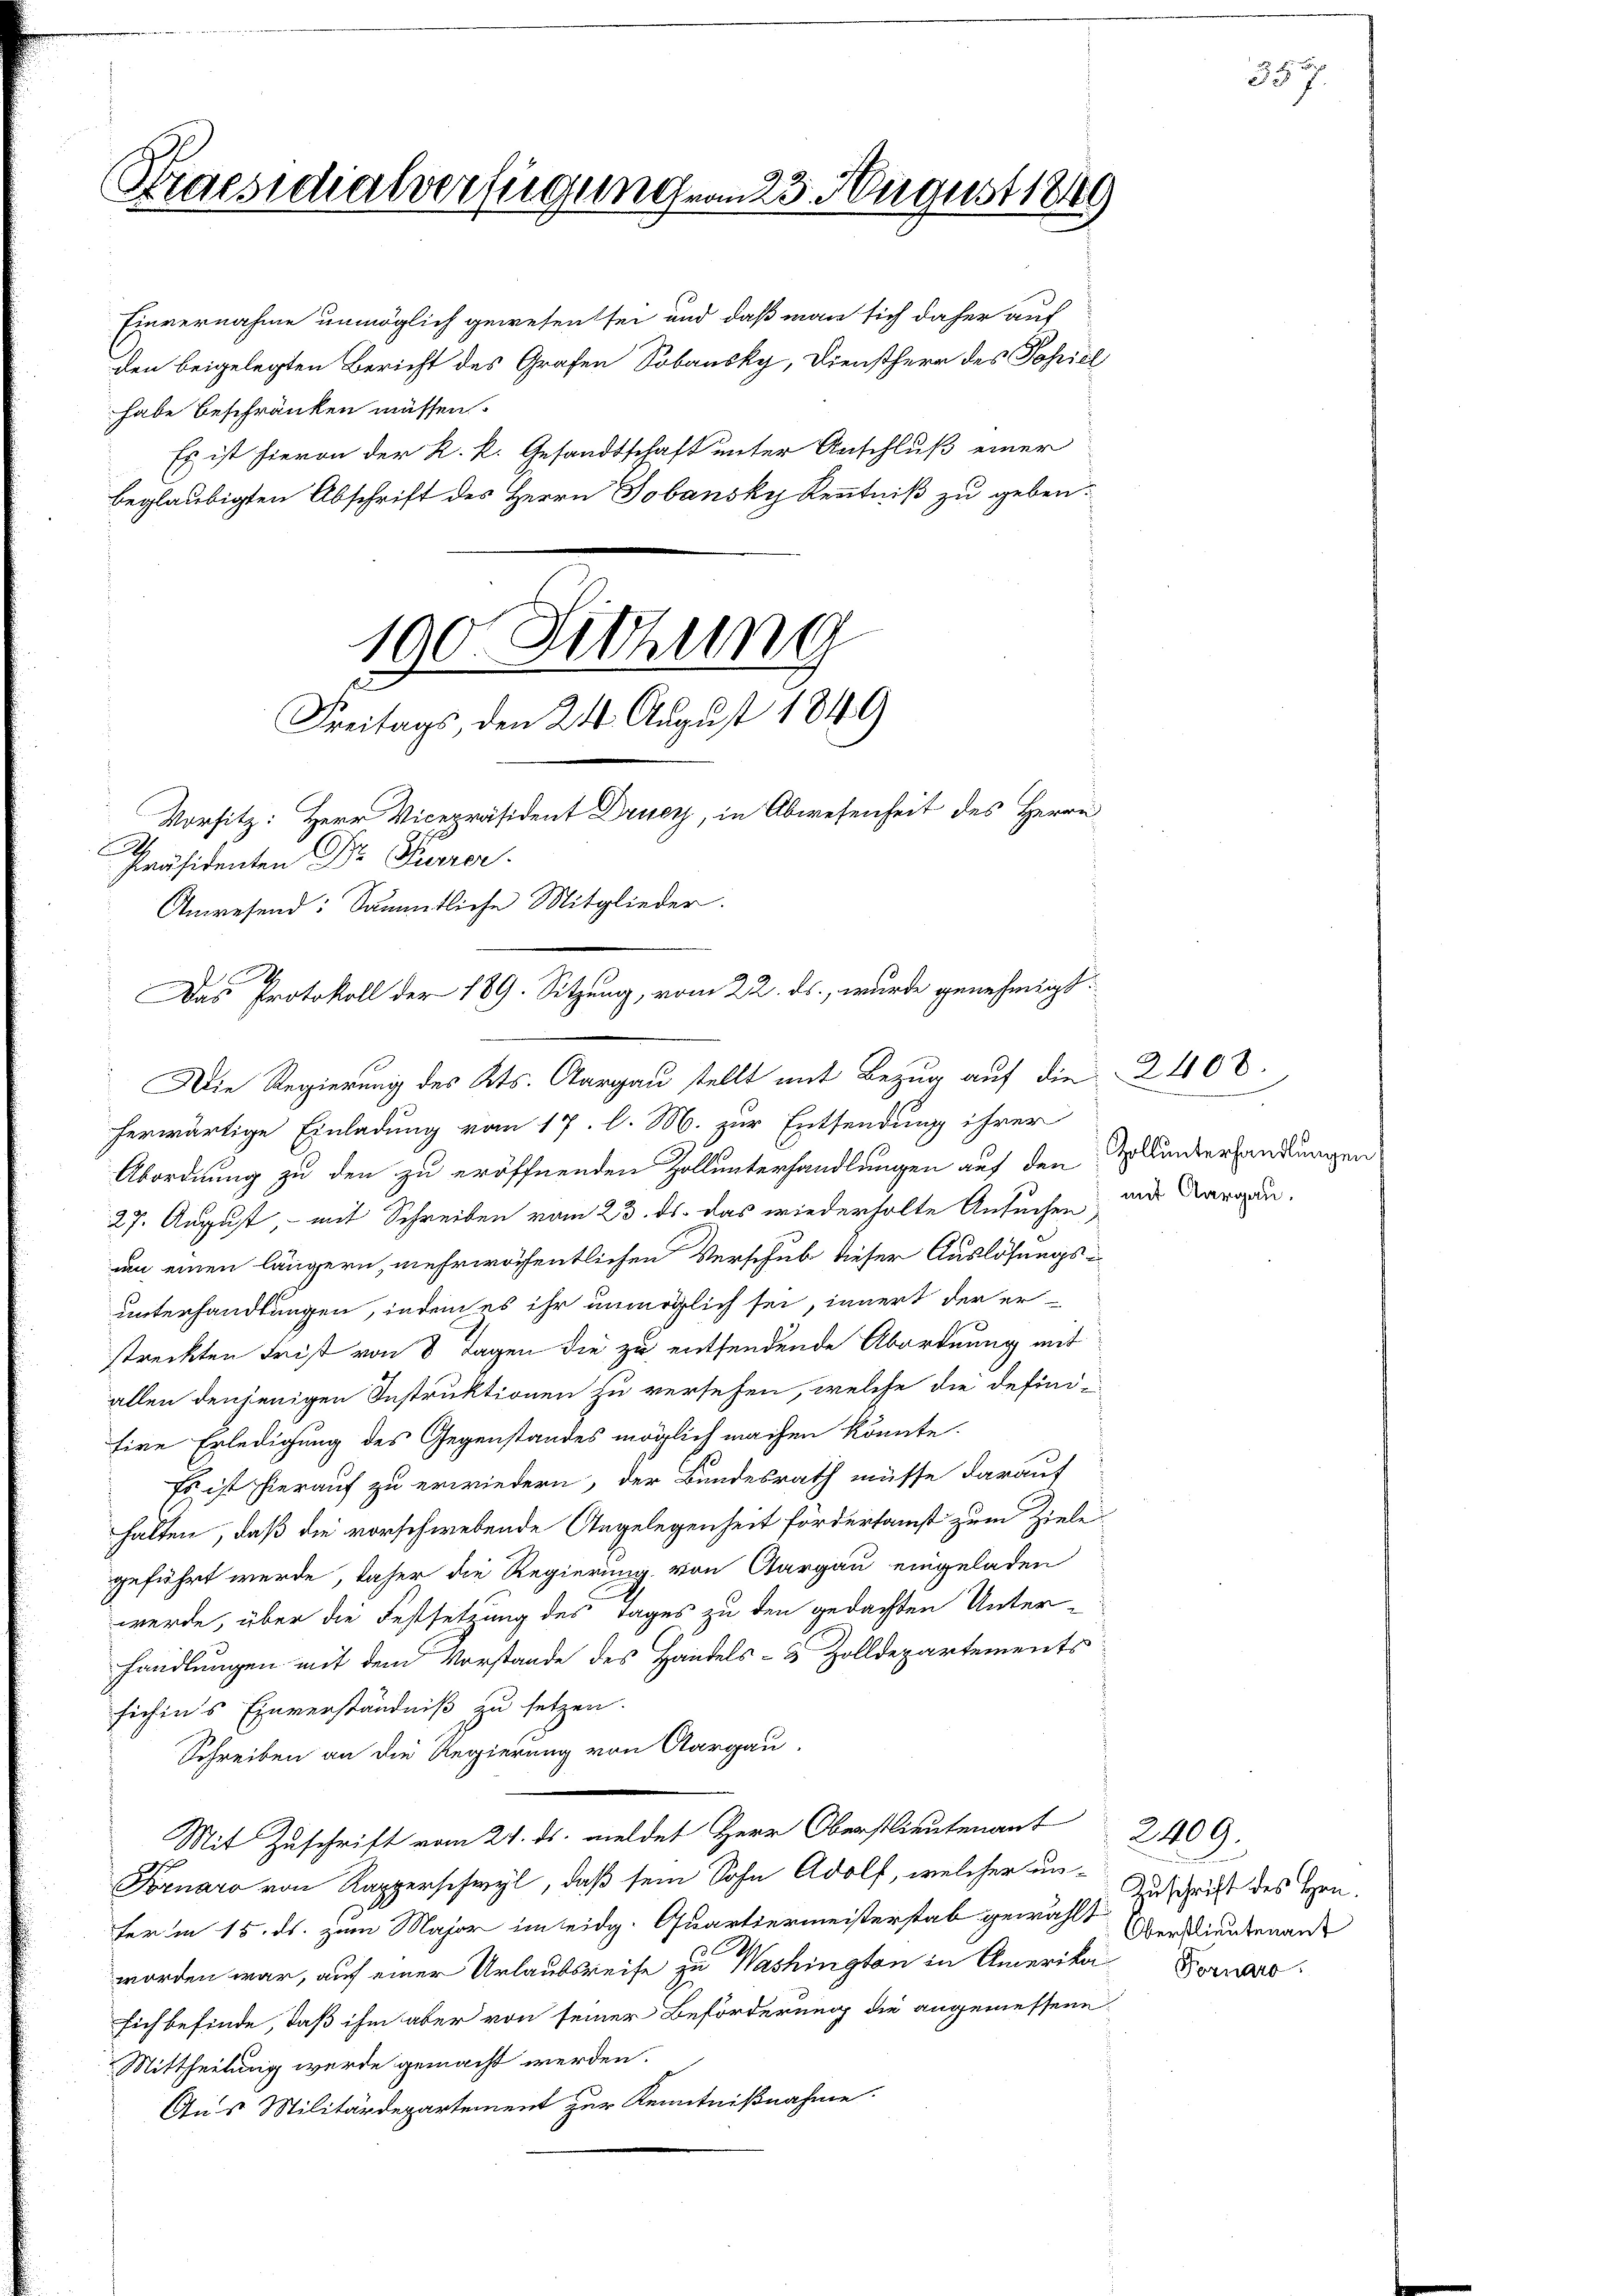
Praesidialverfügung vom 23. August 1849

habe beschränken müssen.
herwärtige Einladung vom 17. l. M. zur Entsendung ihrer
Abordnung zu den zu eröffnenden Zoll unterhandlungen auf den Zellenderhandlungen
27. August, mit Schreiben vom 23. ds. das wiederholte Ansuchen uns Aargau.
um einen längern, mehr wöchentlichen Verschub dieser Auslösungsunterhandlungen, indem es ihr unmöglich sei, innert der er
streckten Frist von 8 Tagen die zu entsendende Abordnung mit
allen denjenigen Instruktionen zu versehen, welche die defini-
fire Erledigung des Gegenstandes möglich machen könnte.
Es ist hierauf zu erwiedern, der Bundesrath müsse darauf
halten, daß die vorschwebende Angelegenheit fördersamst zum Ziele
geführt werde, daher die Regierung von Aargau eingeladen
werde, über die Festsetzung des Tages zu den gedachten Unter-
handlungen mit dem Vorstande des Handels- & Zolldepartements
sich in’s Einverständniß zu setzen.
Schreiben an die Regierung von Aargau.
Mit Zuschrift vom 24. ds. meldet Herr Oberstlieutenant
Fornaro von Rapperschwyl, daß sein Sohn Adolf, welcher unfer in 15. ds. zum Major im eidg. Quartiermeisterstab gewählt Oberstlieutenant
worden war, auf einer Urlaubsreise zu Washington in Amerika Fornar
sich befinde, daß ihm aber von seiner Beförderung die angemessene
Mittheilung werde gemacht werden.
Aus Militärdepartement zur Kenntnißnahme.

190. Sitzung
Freitags, den 24. August 1849

Vorsitz: Herr Vicepräsident Druey, in Abwesenheit des Herrn

Einvernahme unmöglich gewesen sei und daß man sich daher auf
den beigelegten Bericht des Grafen Sobausky, Dienstherr des Pohiel
Es ist hievon der K. k. Gesandtschaft unter Anschluß einer
beglaubigten Abschrift des Herrn Jobansky Kenntniß zu geben.

Präsidenten Dr Pieror
Anwesend: Sämmtliche Mitglieder.
Das Protokoll der 189. Sitzung, vom 22. ds., wurde genehmigt:
Die Regierung des Kts. Aargau stellt mit Bezug auf die 2400.

357

2409.
Zuschrift des Hrn.